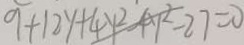
9 + 1 2 y + 4 y ^ { 2 } - 4 y ^ { 2 } - 2 7 = 0